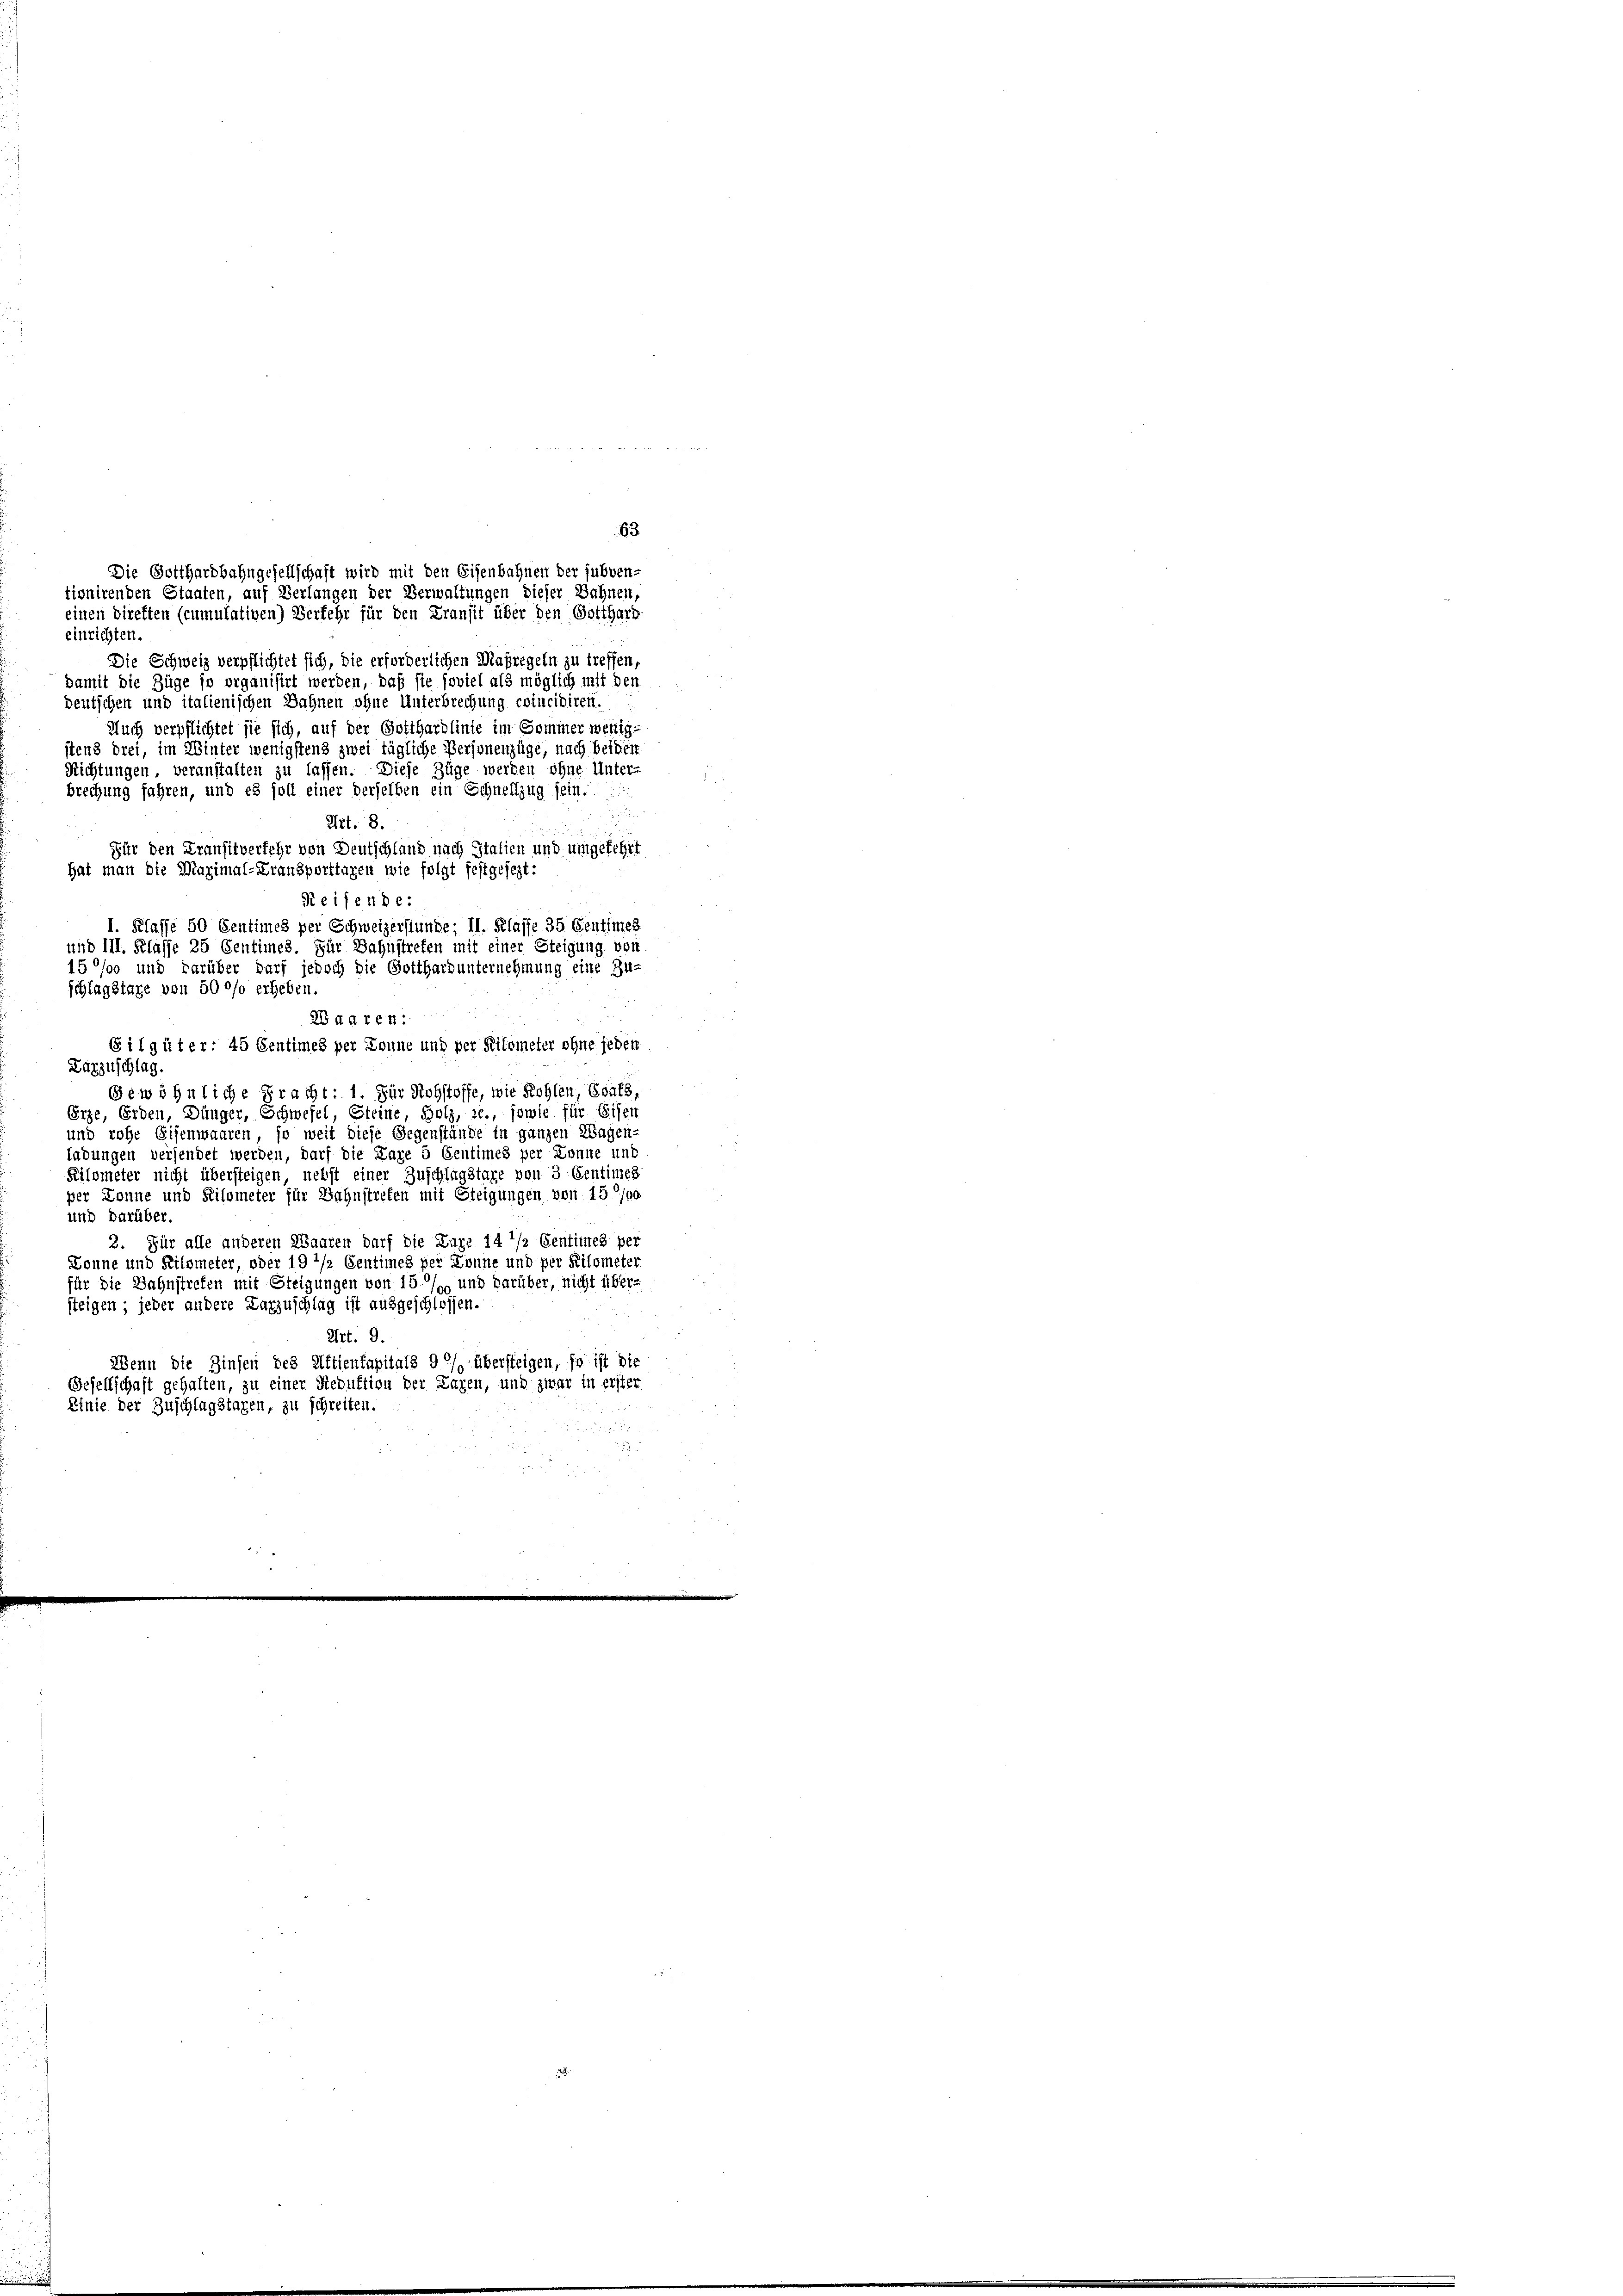
einrichten.
Die Schweiz verpflichtet sich, die erforderlichen Maßregeln zu treffen,
damit die Züge so organisirt werden, daß sie soviel als möglich mit den
deutschen und italienischen Bahnen ohne Unterbrechung coincidiren.
Auch verpflichtet sie sich, auf der Gotthardlinie im Sommer wenig-
stens drei, im Winter wenigstens zwei tägliche Personenzüge, nach beiden
Richtungen, veranstalten zu lassen. Diese Züge werden ohne Unter-
n
Für den Kransitverfehr von Deutschland nach Italien und umgefehrt

2 da ren:
Gilgüter: 45 Centimes per Donne und per Kilometer ohne jeden
Darzuschlag
Gewöhnliche Pracht: 1. Für Rohstoffe, wie Kohlen, Etats,
Erze, Erden, Dünger, Schwefel, Steine, Holz, 2., sowie für Eisen
und rohe Eisenwaaren, so weit diese Gegenstände in ganzen Wagen-
ladungen versendet werden, darf die Lage 5 Centimes per Tonne und
Kilometer nicht übersteigen, nebst einer Zuschlagstaxe von 3 Sentimes
per Donne und Kilometer für Bahnstreten mit Steigungen von 15 0/00
und darüber.
2. Für alle anderen Waaren darf die Luze 14 1/2 Centimes per
Konne und Kilometer, oder 19 1/2 Centimes per Zeune und per Kilometer
für die Bahnstreten mit Steigungen von 15 % und darüber, nicht über-
steigen; jeder andere Karzuschlag ist ausgeschlossen.
Art. 9.
Wenn die Zinsen des Mittenfapitals 9 2/ übersteigen, so ist die
Gesellschaft gehalten, zu einer Reduktion der Lagen, und zwar in erster
Linie der Zuschlagstagen, zu schreiben.

Die Gotthardbahngesellschaft wird mit den Eisenbahnen der subven-
tionirenden Staaten, auf Verlangen der Verwaltungen dieser Bahnen,
einen direkten (cumulativen) Verkehr für den Transit über den Gotthard

brechung fahren, und es soll einer derselben ein Schnellzug sein. ..
Art. 8.
hat man die Maximal-Kransporttagen wie folgt festgesezt:
Reifende:
I. Klasse 50 Centimes per Schweizerstunde; II. Klasse 35 Sentimes
und III. Klasse 25 Centimes. Für Bahnstreten mit einer Steigung von
150% und darüber darf jedoch die Gotthard unternehmung eine Zu-

schlagstaxe von 500fo erheben.

63